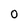
Character: 0